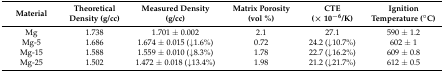
<table><thead><tr><td><b>Material</b></td><td><b>Theoretical Density (g/cc)</b></td><td><b>Measured Density (g/cc)</b></td><td><b>Matrix Porosity (vol %)</b></td><td><b>CTE (× 10<sup>−6</sup>/K)</b></td><td><b>Ignition Temperature (°C)</b></td></tr></thead><tbody><tr><td>Mg</td><td>1.738</td><td>1.701 ± 0.002</td><td>2.1</td><td>27.1</td><td>590 ± 1.2</td></tr><tr><td>Mg-5</td><td>1.686</td><td>1.674 ± 0.015 (↓1.6%)</td><td>0.72</td><td>24.2 (↓10.7%)</td><td>602 ± 1</td></tr><tr><td>Mg-15</td><td>1.588</td><td>1.559 ± 0.010 (↓8.3%)</td><td>1.78</td><td>22.7 (↓16.2%)</td><td>609 ± 0.8</td></tr><tr><td>Mg-25</td><td>1.502</td><td>1.472 ± 0.018 (↓13.4%)</td><td>1.98</td><td>21.2 (↓21.7%)</td><td>612 ± 0.5</td></tr></tbody></table>